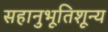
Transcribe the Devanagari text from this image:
सहानुभूतिशून्य